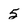
Character: 5